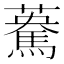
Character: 𩤯